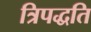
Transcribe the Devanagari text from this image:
त्रिपद्धति